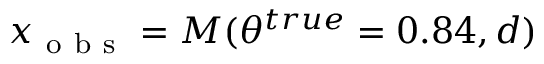
x _ { \mathrm { ~ o ~ b ~ s ~ } } = M ( \theta ^ { t r u e } = 0 . 8 4 , d )